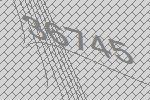
36745